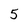
Character: 5